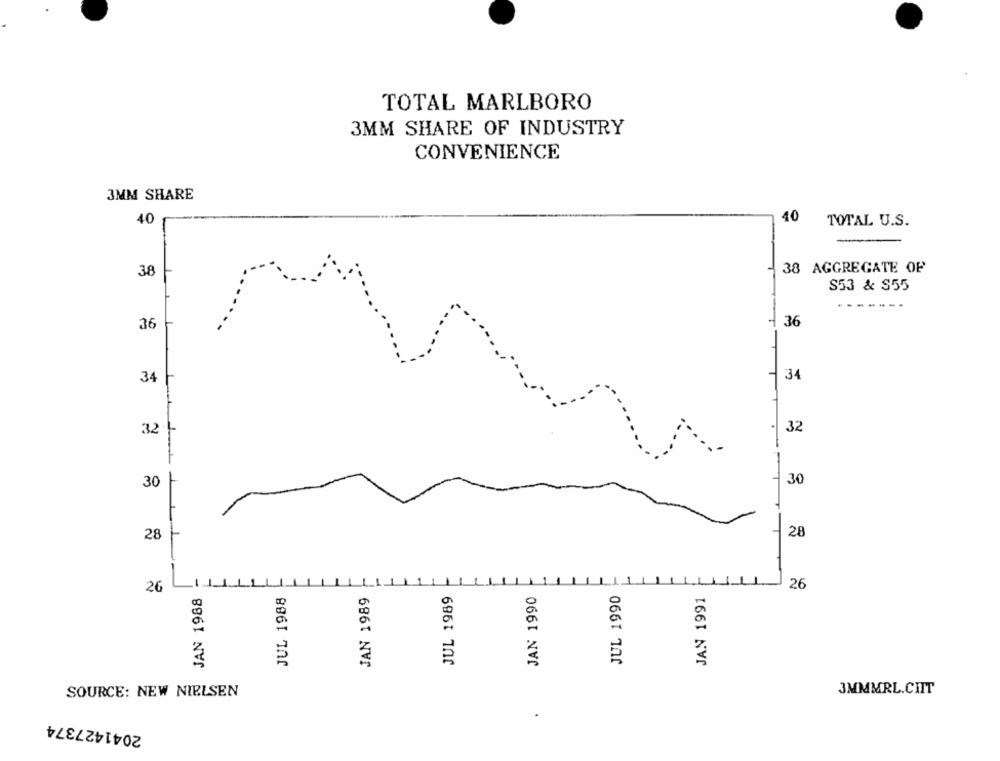
TOTAL MARLBORO
3MM SHARE OF INDUSTRY
CONVENIENCE
3MM SHARE
40
40
TOTAL U.S.
38
38 AGGREGATE OF
S53 & S55
-------
36
36
34
34
32
32
30
30
28
28
26
26
JAN 1988
JUL 1988
JAN 1989
JUL 1989
JAN 1990
JUL 1990
JAN 1991
SOURCE: NEW NIELSEN
3MMMRL.CHIT
2041427374